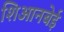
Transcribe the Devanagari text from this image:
शिआनबेई